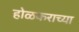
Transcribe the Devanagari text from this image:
होळकराच्या